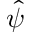
\hat { \psi }